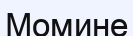
Момине